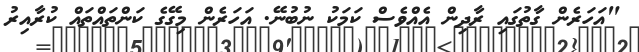
"އަހަރެން ގާތުގައި ރާދިން އެއްވެސް ކަމަކު ނުބުނޭ. އަހަރެން މިގޭގެ ކަންތައްތައް ކުރާއިރު